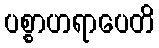
ပစ္စာဟရာပေတိ